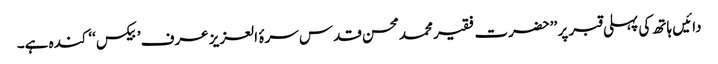
دائیں ہاتھ کی پہلی قبر پر ’’حضرت فقیر محمدمحسن قدس سرۂ العزیز عرف ’بیکس‘‘ کندہ ہے۔